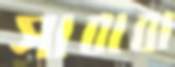
সাবাবা